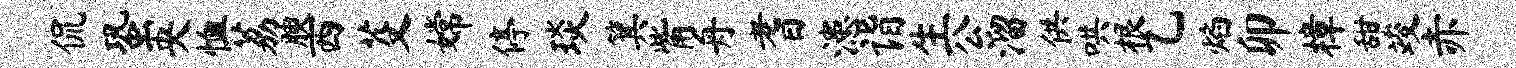
侃蛩央恤荔腴西芟嫦停琰箕觜舟耆漶诣生公溜供哄根乙焰卯樟甜竣赤